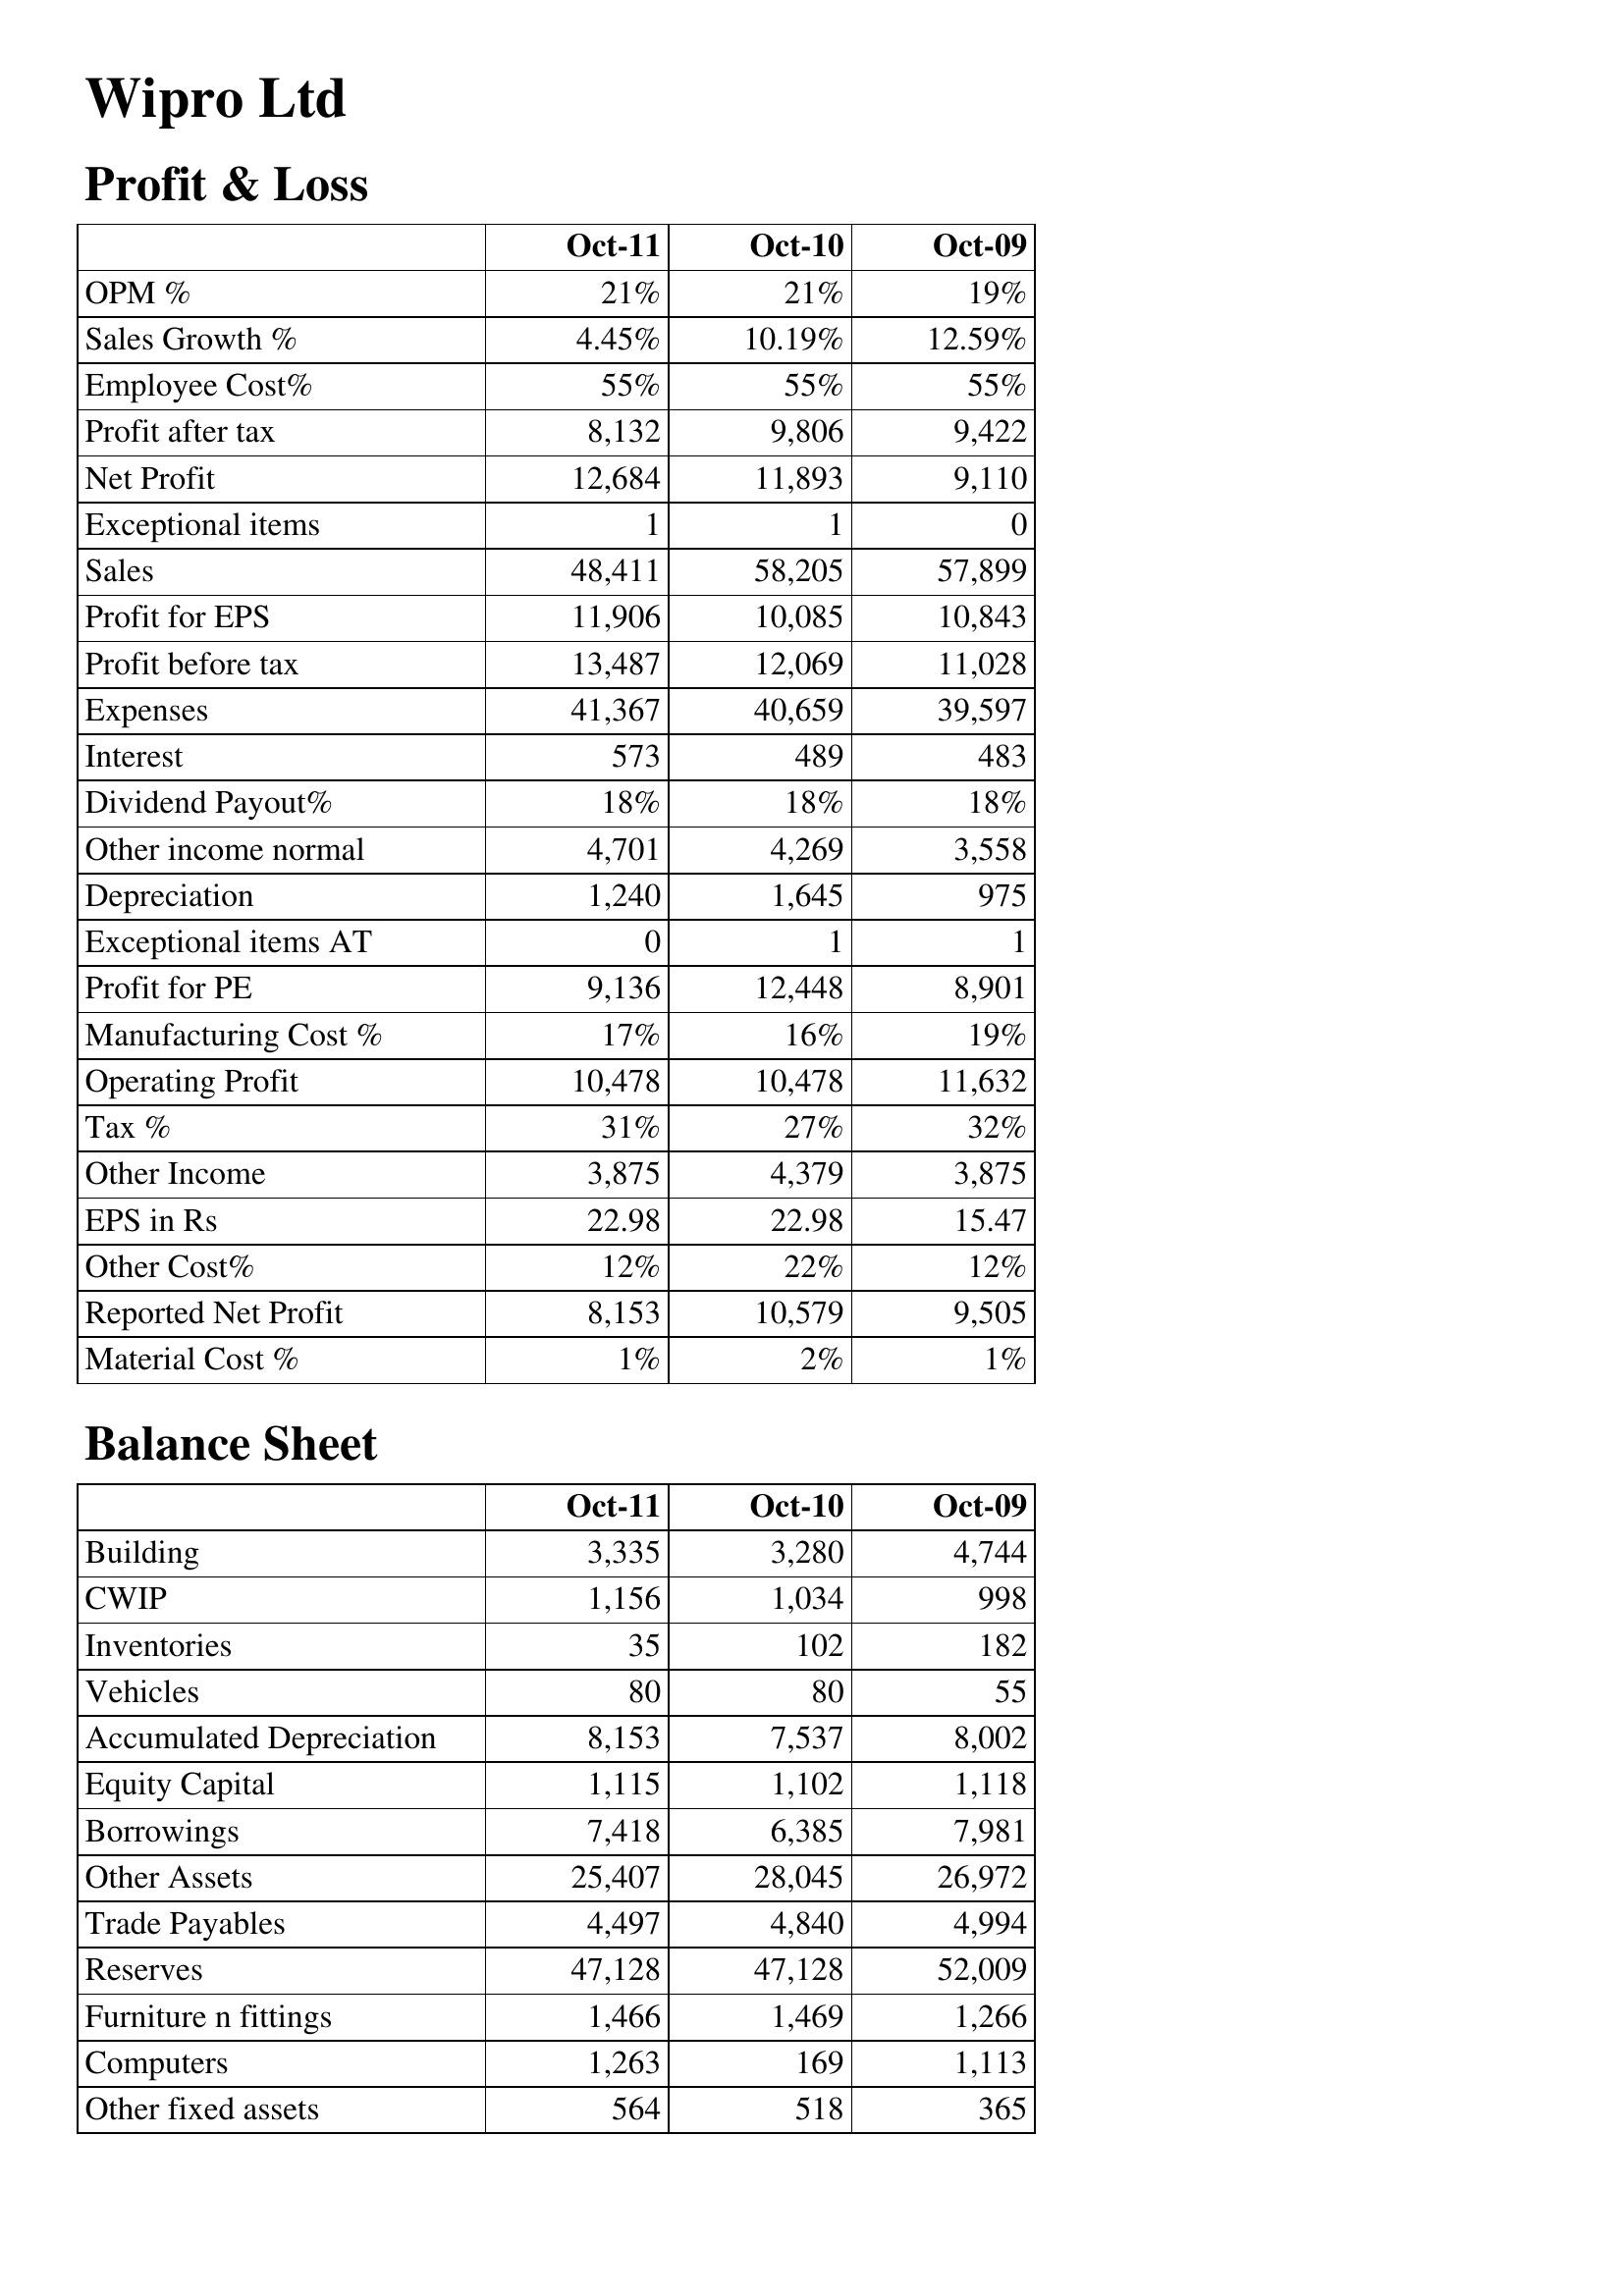
Oct-11: Profit & Loss: OPM %: 21%
Sales Growth %: 4.45%
Employee Cost%: 55%
Profit after tax: 8,132
Net Profit: 12,684
Exceptional items: 1
Sales: 48,411
Profit for EPS: 11,906
Profit before tax: 13,487
Expenses: 41,367
Interest: 573
Dividend Payout%: 18%
Other income normal: 4,701
Depreciation: 1,240
Exceptional items AT: 0
Profit for PE: 9,136
Manufacturing Cost %: 17%
Operating Profit: 10,478
Tax %: 31%
Other Income: 3,875
EPS in Rs: 22.98
Other Cost%: 12%
Reported Net Profit: 8,153
Material Cost %: 1%
Balance Sheet: Building: 3,335
CWIP: 1,156
Inventories: 35
Vehicles: 80
Accumulated Depreciation: 8,153
Equity Capital: 1,115
Borrowings: 7,418
Other Assets: 25,407
Trade Payables: 4,497
Reserves: 47,128
Furniture n fittings: 1,466
Computers: 1,263
Other fixed assets: 564
Oct-10: Profit & Loss: OPM %: 21%
Sales Growth %: 10.19%
Employee Cost%: 55%
Profit after tax: 9,806
Net Profit: 11,893
Exceptional items: 1
Sales: 58,205
Profit for EPS: 10,085
Profit before tax: 12,069
Expenses: 40,659
Interest: 489
Dividend Payout%: 18%
Other income normal: 4,269
Depreciation: 1,645
Exceptional items AT: 1
Profit for PE: 12,448
Manufacturing Cost %: 16%
Operating Profit: 10,478
Tax %: 27%
Other Income: 4,379
EPS in Rs: 22.98
Other Cost%: 22%
Reported Net Profit: 10,579
Material Cost %: 2%
Balance Sheet: Building: 3,280
CWIP: 1,034
Inventories: 102
Vehicles: 80
Accumulated Depreciation: 7,537
Equity Capital: 1,102
Borrowings: 6,385
Other Assets: 28,045
Trade Payables: 4,840
Reserves: 47,128
Furniture n fittings: 1,469
Computers: 169
Other fixed assets: 518
Oct-09: Profit & Loss: OPM %: 19%
Sales Growth %: 12.59%
Employee Cost%: 55%
Profit after tax: 9,422
Net Profit: 9,110
Exceptional items: 0
Sales: 57,899
Profit for EPS: 10,843
Profit before tax: 11,028
Expenses: 39,597
Interest: 483
Dividend Payout%: 18%
Other income normal: 3,558
Depreciation: 975
Exceptional items AT: 1
Profit for PE: 8,901
Manufacturing Cost %: 19%
Operating Profit: 11,632
Tax %: 32%
Other Income: 3,875
EPS in Rs: 15.47
Other Cost%: 12%
Reported Net Profit: 9,505
Material Cost %: 1%
Balance Sheet: Building: 4,744
CWIP: 998
Inventories: 182
Vehicles: 55
Accumulated Depreciation: 8,002
Equity Capital: 1,118
Borrowings: 7,981
Other Assets: 26,972
Trade Payables: 4,994
Reserves: 52,009
Furniture n fittings: 1,266
Computers: 1,113
Other fixed assets: 365